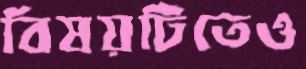
বিষয়টিতেও